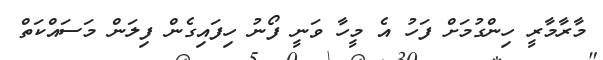
މާރާމާރީ ހިންގުމަށް ފަހު އެ މީހާ ވަނީ ފޯނު ހިފައިގެން ފިލަން މަސައްކަތް